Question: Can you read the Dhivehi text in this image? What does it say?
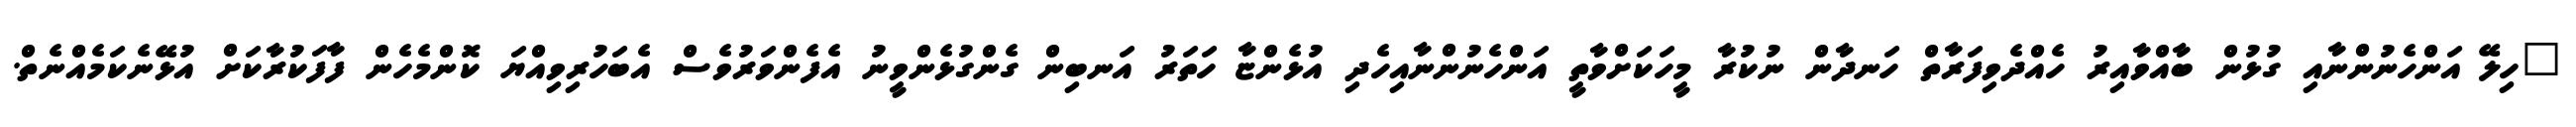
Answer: "ހިލޭ އަންހެނުންނާއި ގުޅުން ބާއްވާއިރު ހެއްދެވިފަރާތް ހަނދާން ނުކުރާ މީހަކަށްވާތީ އަންހެނުންނާއިހެދި އުޅެންޏާ ހަތަރު އަނބިން ގެންގުޅެންވީނު އެފެންވަރުވެސް އެބަހުރިވިއްޔަ ކޮންމެހެން ފާފަކުރާކަށް އުޅޭނެކަމެއްނެތް.